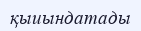
қыиындатады